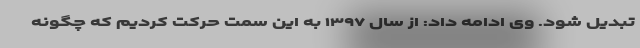
تبدیل شود. وی ادامه داد: از سال ۱۳۹۷ به این سمت حرکت کردیم که چگونه